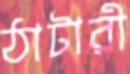
ঠাটারী